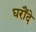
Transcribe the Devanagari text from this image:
घरौंदे